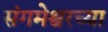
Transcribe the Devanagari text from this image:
संगमेश्वरच्या